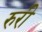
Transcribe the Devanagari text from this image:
रुरी